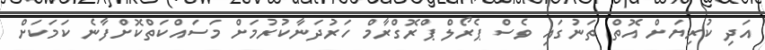
އަދި ކުރިޔަށް އޮތް ތަނުގައި ވެސް ޕެރޯލް ޕްރޮގްރާމް ހަރުދަނާކުރުމަށް މަސައްކަތްކޮށްފާނެ ކަމަކަށް